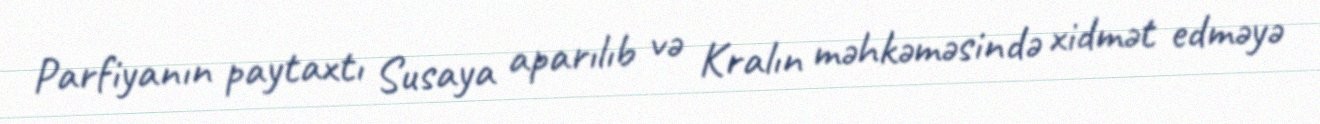
Parfiyanın paytaxtı Susaya aparılıb və Kralın məhkəməsində xidmət edməyə